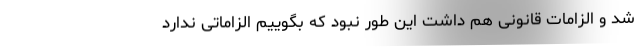
شد و الزامات قانونی هم داشت این طور نبود که بگوییم الزاماتی ندارد